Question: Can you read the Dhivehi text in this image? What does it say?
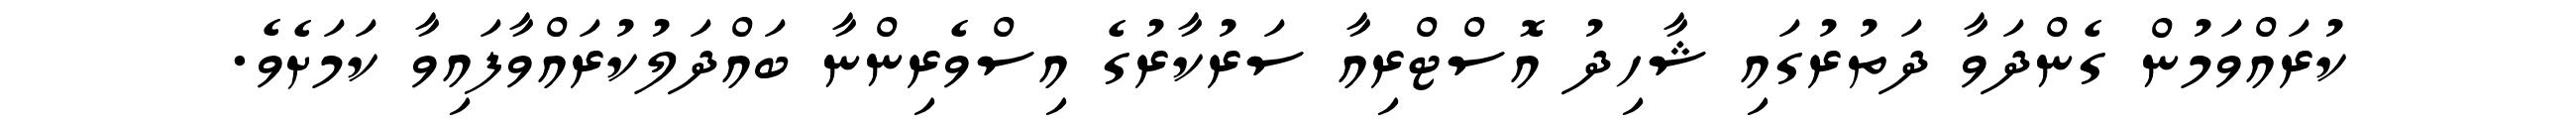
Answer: ކުރައްވަމުން ގެންދަވާ ދަތުރުގައި ޝާހިދު އޮސްޓްރިއާ ސަރުކާރުގެ އިސްވެރިންނާ ބައްދަލުކުރައްވާފައިވާ ކަމަށެވެ.